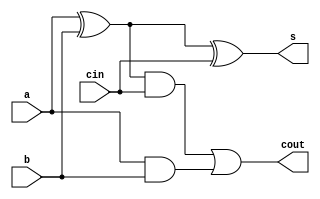
//fulladder using gatelvl
module fa(a,b,cin,cout,s);
  input a,b,cin;
  output cout,s;
  wire u1,u2,u3;
  xor(u1,a,b);
  xor(s,u1,cin);
  and(u2,u1,cin);
  and(u3,a,b);
  or(cout,u2,u3);
endmodule